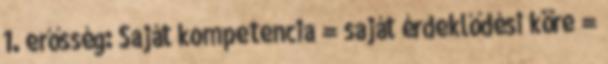
1. erősség: Saját kompetencia = saját érdeklődési köre =